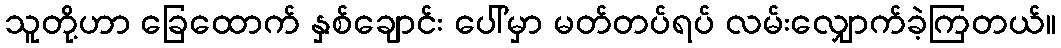
သူတို့ဟာ ခြေထောက် နှစ်ချောင်း ပေါ်မှာ မတ်တပ်ရပ် လမ်းလျှောက်ခဲ့ကြတယ်။